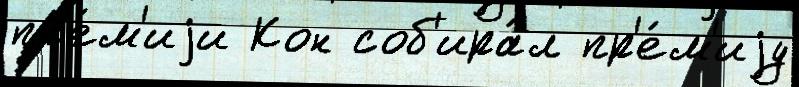
пр'е́м'иjи Кон соб'ира́л пр'е́м'иjу